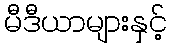
မီဒီယာများနှင့်